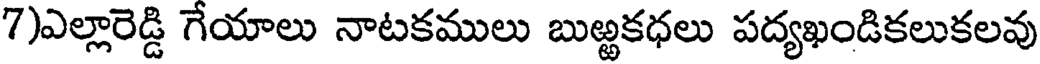
7)ఎల్లారెడ్డి గేయాలు నాటకములు బుఱ్ఱకధలు పద్యఖండికలుకలవు